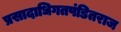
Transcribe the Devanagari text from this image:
प्रसादाधिगतपंडितराज